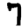
Digit: 7